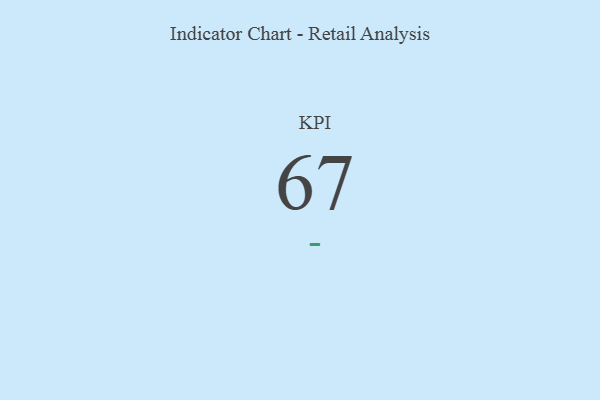
{"axis": {"x": "KPI", "y": "Value"}, "legend": [""], "data": [{"x": "KPI", "y": 67, "type": ""}]}